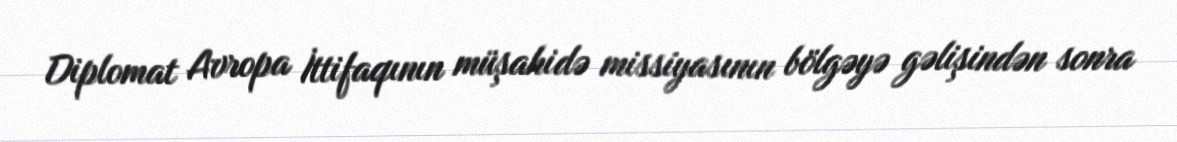
Diplomat Avropa İttifaqının müşahidə missiyasının bölgəyə gəlişindən sonra